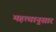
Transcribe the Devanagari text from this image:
महत्वानुसार